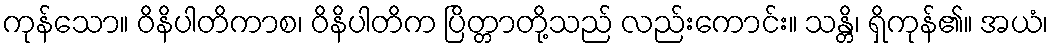
ကုန်သော။ ဝိနိပါတိကာစ၊ ဝိနိပါတိက ပြိတ္တာတို့သည် လည်းကောင်း။ သန္တိ၊ ရှိကုန်၏။ အယံ၊